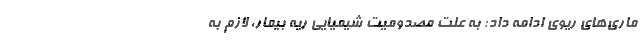
ماری‌های ریوی ادامه داد: به علت مصدومیت شیمیایی ریه بیمار، لازم به